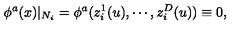
\phi ^ { a } ( x ) | _ { N _ { i } } = \phi ^ { a } ( z _ { i } ^ { 1 } ( u ) , \cdots , z _ { i } ^ { D } ( u ) ) \equiv 0 ,